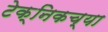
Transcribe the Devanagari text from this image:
टेक्निकच्या